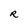
Character: R